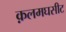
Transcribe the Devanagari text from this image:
क़लमघसीट